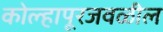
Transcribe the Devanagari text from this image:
कोल्हापूरजवळील